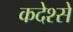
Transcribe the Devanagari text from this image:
कदेश्से